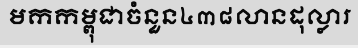
មកកម្ពុជាចំនួន៤៣៨លានដុល្លារ